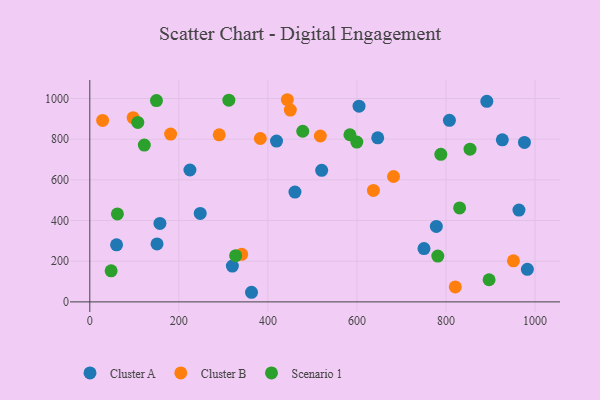
{"axis": {"x": "Ad Spend", "y": "Exam Score"}, "legend": ["Cluster A", "Cluster B", "Scenario 1"], "data": [{"x": "926.5", "y": 796.6, "type": "Cluster A"}, {"x": "224.9", "y": 648.3, "type": "Cluster A"}, {"x": "750.6", "y": 261.9, "type": "Cluster A"}, {"x": "604.7", "y": 962.3, "type": "Cluster A"}, {"x": "419.4", "y": 790.4, "type": "Cluster A"}, {"x": "248.0", "y": 434.6, "type": "Cluster A"}, {"x": "460.8", "y": 540.0, "type": "Cluster A"}, {"x": "807.7", "y": 892.7, "type": "Cluster A"}, {"x": "320.2", "y": 175.8, "type": "Cluster A"}, {"x": "891.7", "y": 986.0, "type": "Cluster A"}, {"x": "151.0", "y": 284.7, "type": "Cluster A"}, {"x": "982.8", "y": 160.0, "type": "Cluster A"}, {"x": "520.8", "y": 646.5, "type": "Cluster A"}, {"x": "157.5", "y": 385.7, "type": "Cluster A"}, {"x": "963.9", "y": 451.2, "type": "Cluster A"}, {"x": "646.7", "y": 806.4, "type": "Cluster A"}, {"x": "363.2", "y": 47.2, "type": "Cluster A"}, {"x": "778.3", "y": 370.8, "type": "Cluster A"}, {"x": "60.1", "y": 280.5, "type": "Cluster A"}, {"x": "976.2", "y": 783.8, "type": "Cluster A"}, {"x": "682.2", "y": 616.3, "type": "Cluster B"}, {"x": "517.8", "y": 815.5, "type": "Cluster B"}, {"x": "28.8", "y": 892.0, "type": "Cluster B"}, {"x": "341.1", "y": 233.9, "type": "Cluster B"}, {"x": "181.5", "y": 824.9, "type": "Cluster B"}, {"x": "450.4", "y": 942.9, "type": "Cluster B"}, {"x": "951.5", "y": 202.0, "type": "Cluster B"}, {"x": "637.0", "y": 548.0, "type": "Cluster B"}, {"x": "820.9", "y": 73.4, "type": "Cluster B"}, {"x": "97.3", "y": 905.7, "type": "Cluster B"}, {"x": "443.7", "y": 993.8, "type": "Cluster B"}, {"x": "383.0", "y": 803.2, "type": "Cluster B"}, {"x": "290.7", "y": 821.2, "type": "Cluster B"}, {"x": "327.6", "y": 227.1, "type": "Scenario 1"}, {"x": "149.7", "y": 989.8, "type": "Scenario 1"}, {"x": "122.4", "y": 771.0, "type": "Scenario 1"}, {"x": "599.7", "y": 785.5, "type": "Scenario 1"}, {"x": "47.9", "y": 152.8, "type": "Scenario 1"}, {"x": "312.3", "y": 991.8, "type": "Scenario 1"}, {"x": "854.0", "y": 750.7, "type": "Scenario 1"}, {"x": "781.6", "y": 225.4, "type": "Scenario 1"}, {"x": "107.8", "y": 882.0, "type": "Scenario 1"}, {"x": "788.4", "y": 725.2, "type": "Scenario 1"}, {"x": "896.8", "y": 108.7, "type": "Scenario 1"}, {"x": "584.2", "y": 821.7, "type": "Scenario 1"}, {"x": "478.3", "y": 838.8, "type": "Scenario 1"}, {"x": "830.6", "y": 462.0, "type": "Scenario 1"}, {"x": "62.0", "y": 432.2, "type": "Scenario 1"}]}